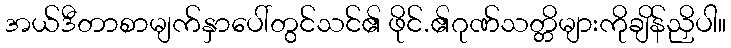
အယ်ဒီတာစာမျက်နှာပေါ်တွင်သင်၏ ဖိုင်.၏ဂုဏ်သတ္တိများကိုချိန်ညှိပါ။